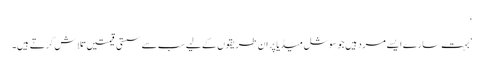
‘
’بہت سارے ایسے مرد ہیں جو سوشل میڈیا پر ان طریقوں کے لیے سب سے سستی قیمتیں تلاش کرتے ہیں۔